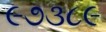
૯૭૩૮૯